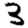
Digit: 3